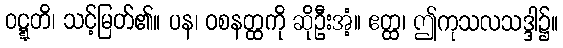
ဝဋ္ဋတိ၊ သင့်မြတ်၏။ ပန၊ ဝစနတ္ထကို ဆိုဦးအံ့။ ဧတ္ထ၊ ဤကုသလသဒ္ဒါ၌။